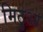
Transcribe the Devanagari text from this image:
मिठुआ